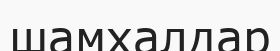
шамхалдар